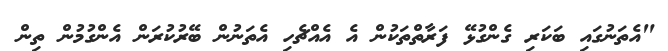
"އެތަނުގައި ބަކަރި ގެންގުޅޭ ފަރާތްތަކުން އެ އެއްޗެހި އެތަނުން ބޭރުކުރަން އެންގުމުން ތިން